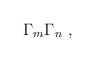
\begin{align*} \Gamma_m \Gamma_n~,\end{align*}